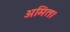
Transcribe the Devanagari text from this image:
अमित।